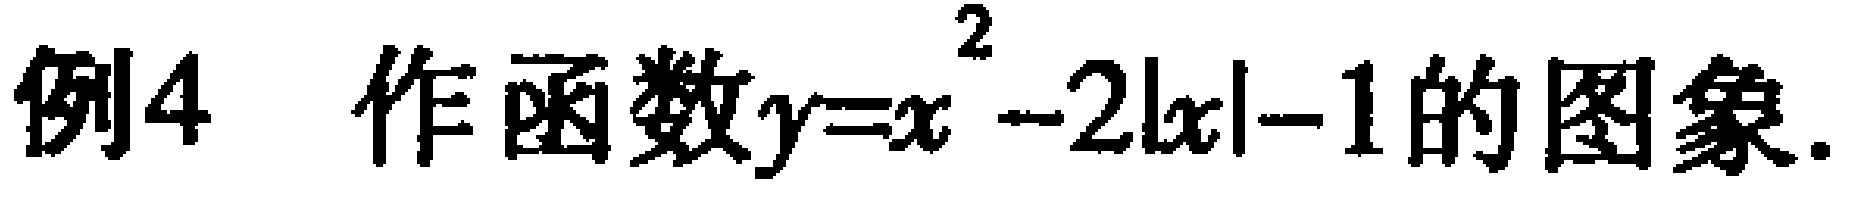
例4 作函数\(y = x^{2}-2|x|-1\)的图象.